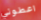
اعطوني